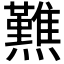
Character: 𤒿